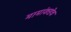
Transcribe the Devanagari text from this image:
मामांकडेच